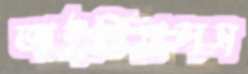
আইডিয়ালস